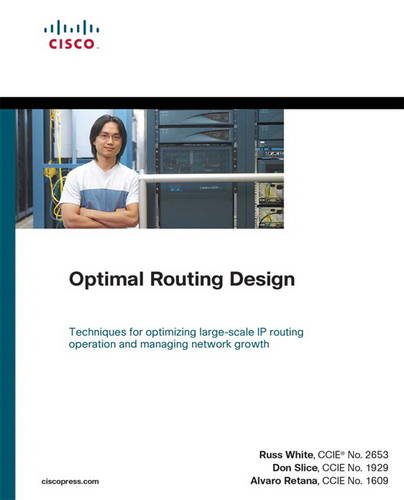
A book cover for Optimal Routing Design; Russ White; Computers & Technology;